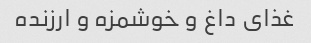
غذای داغ و خوشمزه و ارزنده